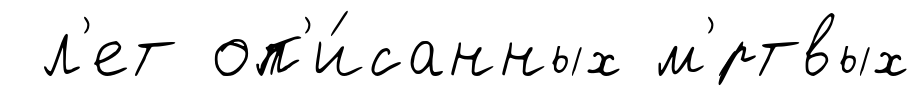
л'ет оп'и́санных м'́ртвых